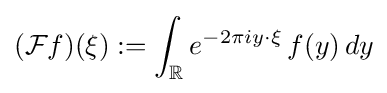
({\mathcal {F}}f)(\xi ):=\int _{\mathbb {R} }e^{-2\pi iy\cdot \xi }\,f(y)\,dy